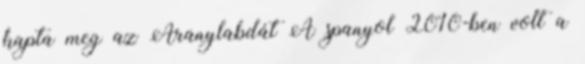
kapta meg az Aranylabdát A spanyol 2010-ben volt a